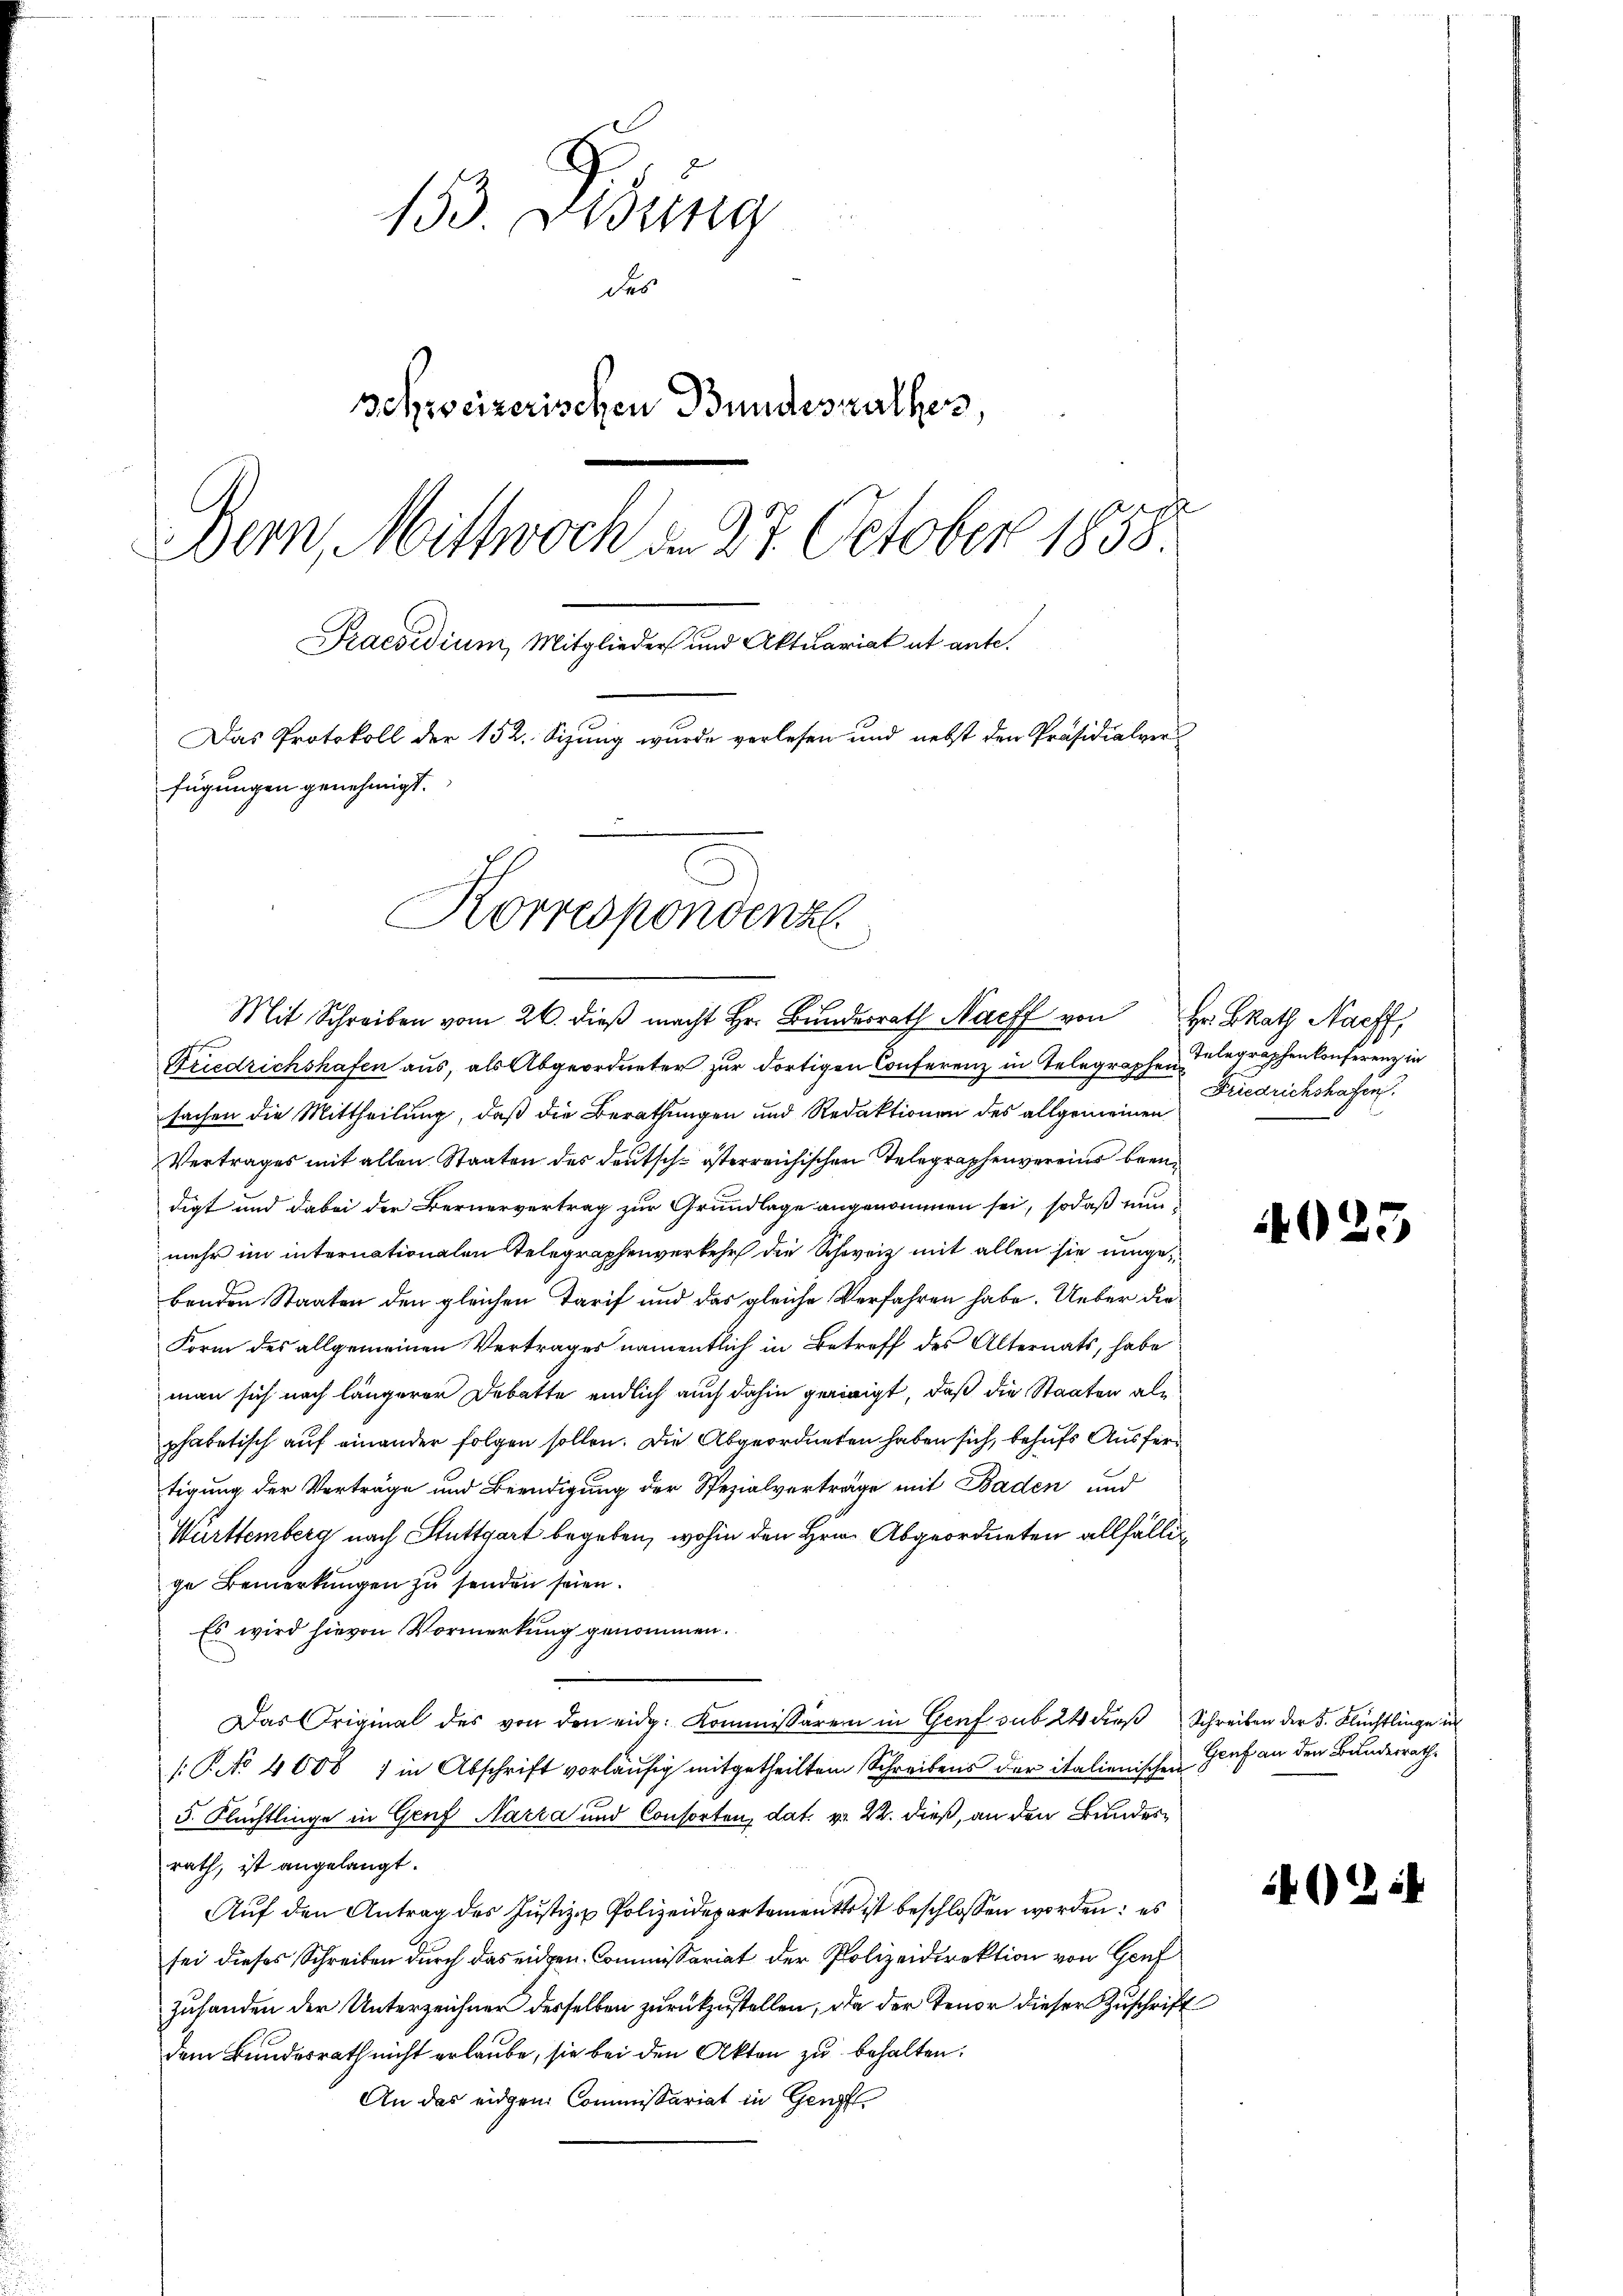
153. Lesung
der
Behweizerischen Bundesrathes,
Dern, Mittwoch am 27. October 1858.
Praesidium, Mitglieder und Aktuariat et ante.
Das Protokoll der 152. Sizung wurde verlesen und nebst den Präsidialverfügungen genehmigt.
Korrespondenz

Mit Schreiben vom 26. dieβ macht Hr. Bŭndesrath Nach von Hr. BRath Nacht,
Friedrichshafen aus, als Abgeordneter zur dortigen Conferenz in Telegraphen begraphen konferenz in
sachen die Mittheilung, daß die Berathungen und Redaktionen des allgemeinen
Vertrages mit allen Staaten des deutsch-österreichischen Telegraphenvereins beendigt und dabei der Bernervertrag zur Grundlage angenommen sei, sodaß nun
mehr im internationalen Telegraphenverkehr die Schweiz mit allen sie umgebenden Staaten den gleichen Tarif und das gleiche Verfahren habe. Ueber die
Form des allgemeinen Vertrages namentlich in Betreff des Alternats, habe
man sich nach längerer Debatte endlich auch dahin geeinigt, daß die Staaten alphabetisch auf einander folgen sollen. Die Abgeordneten haben sich, behufs Ausfertigung der Verträge und Beendigung der Spezialverträge mit Baden und
Württemberg nach Stuttgart begeben, wohin den Hrn. Abgeordneten allfällige Bemerkungen zu senden seien.
Es wird hievon Vormerkung genommen.
Das Original des von den eidg. Kommissären in Genf sub 24 dieß Schreiben der 5. Flüchtlinge in
PNo 4008 1 in Abschrift vorläufig mitgetheiltem Schreibens der italienischen
5. Flüchtlinge in Genf Narra und Consorten, dat. v. 22. dieß, an den Bundesrath, ist angelangt.
Auf den Antrag des Justiz- & Polizeidepartements ist beschlossen worden: es
sei dieses Schreiben durch das eidgen. Commissariat der Polizeidirektion von Genf
zuhanden der Unterzeichner desselben zurückzustellen, da der Tenor dieser Zuschrift
dem Bundesrath nicht erlaube, sie bei den Akten zu behalten.
An das eidgen Commissariat in Genf

Friedrichshagen.

4

40

5

Genf an den Bundesrath